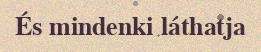
És mindenki láthatja